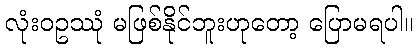
လုံးဝဥဿုံ မဖြစ်နိုင်ဘူးဟုတော့ ပြောမရပါ။